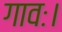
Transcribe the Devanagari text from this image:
गावः।